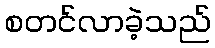
စတင်လာခဲ့သည်